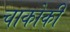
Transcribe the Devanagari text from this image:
चाकोकी